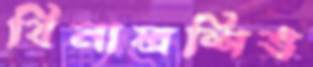
বিনালশিভ